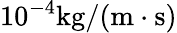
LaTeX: \mathrm{10^{-4}kg/(m\cdot s)}